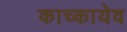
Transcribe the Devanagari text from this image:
काच्कायेव